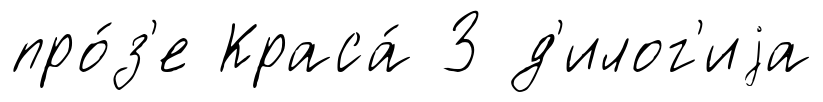
про́з'е Краса́ З д'илог'иjа